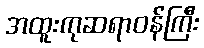
အထူးကုဆရာဝန်ကြီး